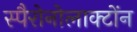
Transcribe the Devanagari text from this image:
स्पैरोनोलाक्टोंन